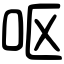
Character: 呕